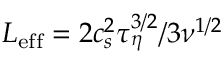
L _ { \mathrm { e f f } } = 2 c _ { s } ^ { 2 } \tau _ { \eta } ^ { 3 / 2 } / 3 \nu ^ { 1 / 2 }